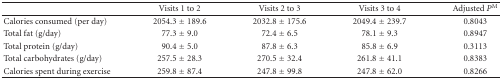
<table><thead><tr><td><b> </b></td><td><b>Visits 1 to 2</b></td><td><b>Visits 2 to 3</b></td><td><b>Visits 3 to 4</b></td><td><b>Adjusted <i>P</i><sup>M</sup></b></td></tr></thead><tbody><tr><td>Calories consumed (per day)</td><td>2054.3 ± 189.6</td><td>2032.8 ± 175.6</td><td>2049.4 ± 239.7</td><td>0.8043</td></tr><tr><td>Total fat (g/day)</td><td> 77.3 ± 9.0</td><td> 72.4 ± 6.5</td><td> 78.1 ± 9.3</td><td>0.8947</td></tr><tr><td>Total protein (g/day)</td><td> 90.4 ± 5.0</td><td> 87.8 ± 6.3</td><td> 85.8 ± 6.9</td><td>0.3113</td></tr><tr><td>Total carbohydrates (g/day)</td><td> 257.5 ± 28.3</td><td> 270.5 ± 32.4</td><td> 261.8 ± 41.1</td><td>0.8383</td></tr><tr><td>Calories spent during exercise</td><td> 259.8 ± 87.4</td><td> 247.8 ± 99.8</td><td> 247.8 ± 62.0</td><td>0.8266</td></tr></tbody></table>